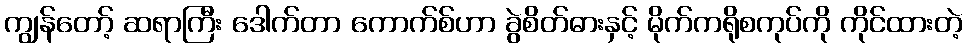
ကျွန်တော့် ဆရာကြီး ဒေါက်တာ ကောက်စ်ဟာ ခွဲစိတ်ဓားနှင့် မိုက်ကရိုစကုပ်ကို ကိုင်ထားတဲ့